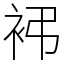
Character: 䘟